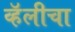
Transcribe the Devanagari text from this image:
व्हॅलीचा